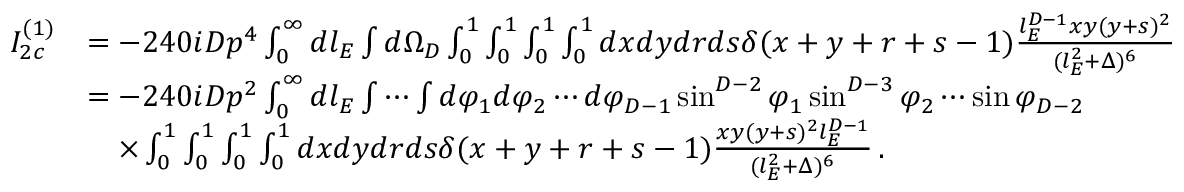
\begin{array} { r l } { I _ { 2 c } ^ { ( 1 ) } } & { = - 2 4 0 i D p ^ { 4 } \int _ { 0 } ^ { \infty } d l _ { E } \int d \Omega _ { D } \int _ { 0 } ^ { 1 } \int _ { 0 } ^ { 1 } \int _ { 0 } ^ { 1 } \int _ { 0 } ^ { 1 } d x d y d r d s \delta ( x + y + r + s - 1 ) \frac { l _ { E } ^ { D - 1 } x y ( y + s ) ^ { 2 } } { ( l _ { E } ^ { 2 } + \Delta ) ^ { 6 } } } \\ & { = - 2 4 0 i D p ^ { 2 } \int _ { 0 } ^ { \infty } d l _ { E } \int \cdots \int d \varphi _ { 1 } d \varphi _ { 2 } \cdots d \varphi _ { D - 1 } \sin ^ { D - 2 } \varphi _ { 1 } \sin ^ { D - 3 } \varphi _ { 2 } \cdots \sin \varphi _ { D - 2 } } \\ & { \quad \times \int _ { 0 } ^ { 1 } \int _ { 0 } ^ { 1 } \int _ { 0 } ^ { 1 } \int _ { 0 } ^ { 1 } d x d y d r d s \delta ( x + y + r + s - 1 ) \frac { x y ( y + s ) ^ { 2 } l _ { E } ^ { D - 1 } } { ( l _ { E } ^ { 2 } + \Delta ) ^ { 6 } } \, . } \end{array}